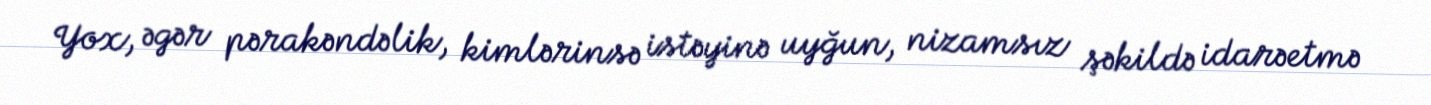
Yox, əgər pərakəndəlik, kimlərinsə istəyinə uyğun, nizamsız şəkildə idarəetmə